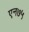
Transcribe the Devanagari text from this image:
एन७५